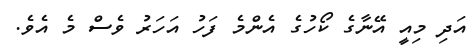
އަދި މިއީ އޭނާގެ ކޯހުގެ އެންމެ ފަހު އަހަރު ވެސް މެ އެވެ.